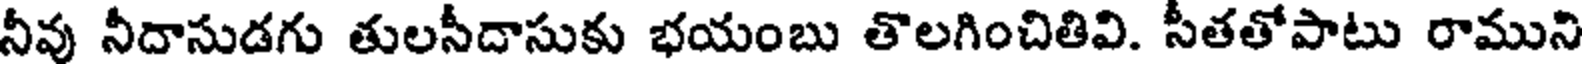
నీవు నీదాసుడగు తులసీదాసుకు భయంబు తొలగించితివి. సీతతోపాటు రాముని